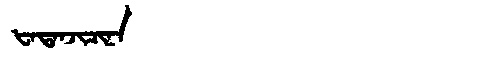
Manchu: ᡶᠠᡨᠠᠨᠵᡳᠴᡳᠨᠠ
Romanization: FATANJICINA